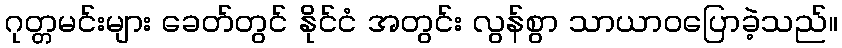
ဂုတ္တမင်းများ ခေတ်တွင် နိုင်ငံ အတွင်း လွန်စွာ သာယာဝပြောခဲ့သည်။